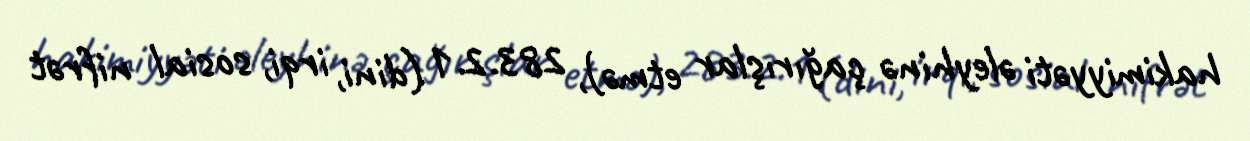
hakimiyyəti əleyhinə çağırışlar etmə), 283.2.1 (dini, irqi, sosial nifrət